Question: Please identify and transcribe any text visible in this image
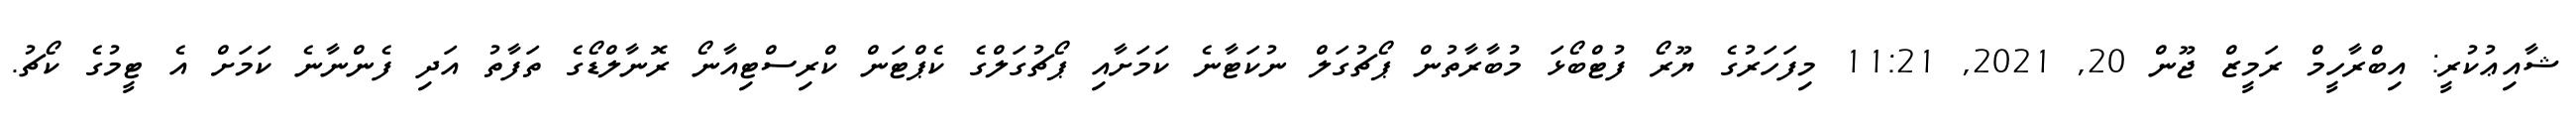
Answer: ޝާއިޢުކުރީ: އިބްރާހީމް ރަމީޒް ޖޫން 20, 2021, 11:21 މިފަހަރުގެ ޔޫރޯ ފުޓްބޯޅަ މުބާރާތުން ޕޯޗުގަލް ނުކަޓާނެ ކަމަށާއި ޕޯޗުގަލްގެ ކެޕްޓަން ކްރިސްޓިއާނޯ ރޮނާލްޑޯގެ ތަފާތު އަދި ފެންނާނެ ކަމަށް އެ ޓީމުގެ ކޯޗު.